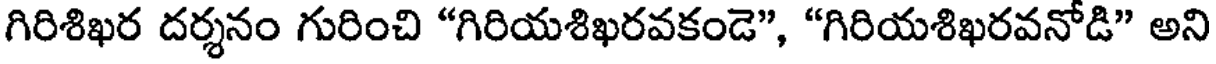
గిరిశిఖర దర్శనం గురించి "గిరియశిఖరవకండె", "గిరియశిఖరవనోడి" అని